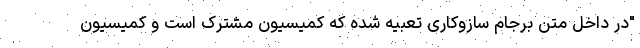
"در داخل متن برجام سازوکاری تعبیه شده که کمیسیون مشترک است و کمیسیون